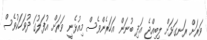
ވަރަށް ރަނގަޅަށް ލިބިއްޖެ އަދި ބުނަން އަހަރެންވެސް މިއުޅެނީ ވަރަށް އުފަލުގަ ދުވަހަކުވެސް